Rangoon Lunatic Asylum 1898-1906 - 1898-1906
Year: 1898
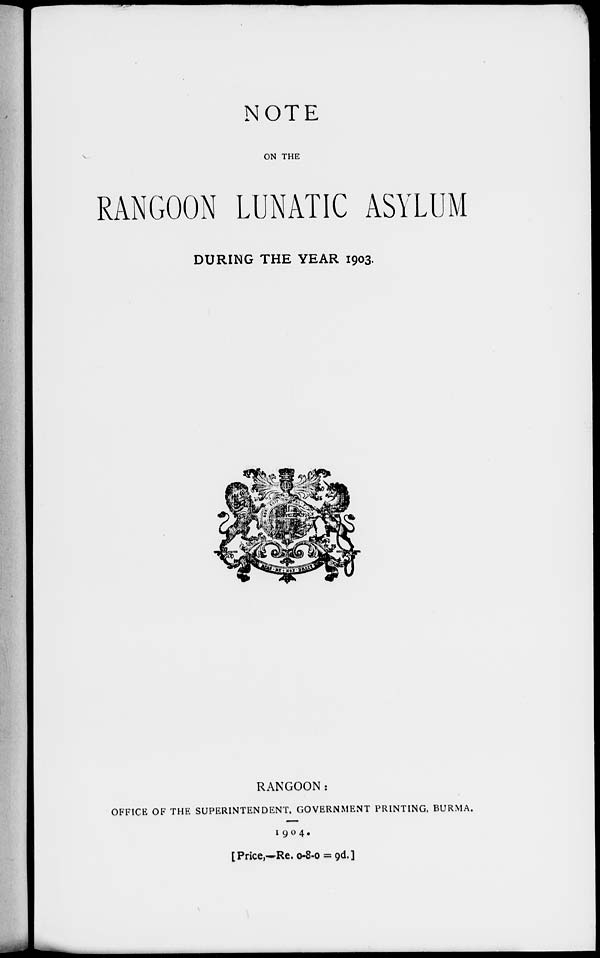
NOTE
ON THE
RANGOON LUNATIC ASYLUM
DURING THE YEAR 1903.
RANGOON:
OFFICE OF THE SUPERINTENDENT, GOVERNMENT PRINTING, BURMA.
1904.
[Price,—Re. 0-8-0 = 9d.]